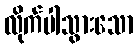
လိုက်ပါသွားသော